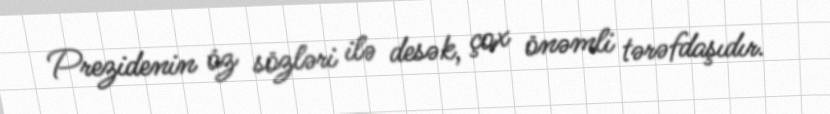
Prezidenin öz sözləri ilə desək, çox önəmli tərəfdaşıdır.